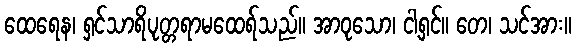
ထေရေန၊ ရှင်သာရိပုတ္တရာမထေရ်သည်။ အာဝုသော၊ ငါ့ရှင်။ တေ၊ သင်အား။